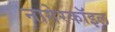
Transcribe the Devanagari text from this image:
नागेरकॉइल